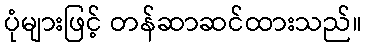
ပုံများဖြင့် တန်ဆာဆင်ထားသည်။